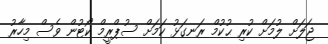
ޖަލަށް ލުމަށް ކުރި ޙުކުމް ރަނގަޅު ކަމަށް ސުޕްރީމް ކޯޓުން ވެސް މިހާރު